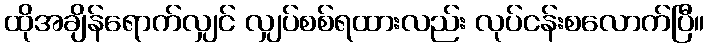
ထိုအချိန်ရောက်လျှင် လျှပ်စစ်ရထားလည်း လုပ်ငန်းစလောက်ပြီ။